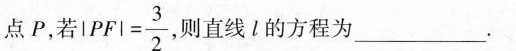
点P，若 $$ | P F |= \frac { 3 } { 2 } $$ 则直线 l 的方程为____